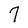
Character: 7